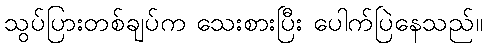
သွပ်ပြားတစ်ချပ်က သေးစားပြီး ပေါက်ပြဲနေသည်။